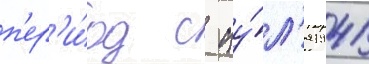
п'ер'и́од с иу́л'я 1941